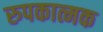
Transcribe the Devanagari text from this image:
रुपकात्मक